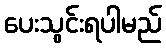
ပေးသွင်းရပါမည်